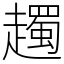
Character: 䟉